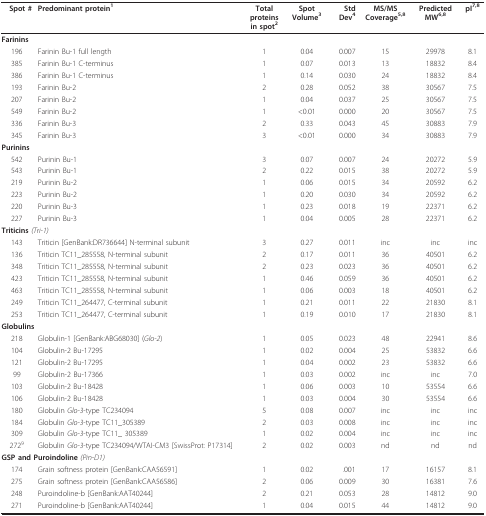
<table><thead><tr><td><b>Spot #</b></td><td><b>Predominant protein<sup>1</sup></b></td><td><b>Totalproteinsin spot<sup>2</sup></b></td><td><b>SpotVolume<sup>3</sup></b></td><td><b>StdDev<sup>4</sup></b></td><td><b>MS/MSCoverage<sup>5,8</sup></b></td><td><b>PredictedMW<sup>6,8</sup></b></td><td><b>pI<sup>7,8</sup></b></td></tr></thead><tbody><tr><td colspan="2"><b>Farinins</b></td><td></td><td></td><td></td><td></td><td></td><td></td></tr><tr><td>196</td><td>Farinin Bu-1 full length</td><td>1</td><td>0.04</td><td>0.007</td><td>15</td><td>29978</td><td>8.1</td></tr><tr><td>385</td><td>Farinin Bu-1 C-terminus</td><td>1</td><td>0.07</td><td>0.013</td><td>13</td><td>18832</td><td>8.4</td></tr><tr><td>386</td><td>Farinin Bu-1 C-terminus</td><td>1</td><td>0.14</td><td>0.030</td><td>24</td><td>18832</td><td>8.4</td></tr><tr><td>193</td><td>Farinin Bu-2</td><td>2</td><td>0.28</td><td>0.052</td><td>38</td><td>30567</td><td>7.5</td></tr><tr><td>207</td><td>Farinin Bu-2</td><td>1</td><td>0.04</td><td>0.037</td><td>25</td><td>30567</td><td>7.5</td></tr><tr><td>549</td><td>Farinin Bu-2</td><td>1</td><td>&lt;0.01</td><td>0.000</td><td>20</td><td>30567</td><td>7.5</td></tr><tr><td>336</td><td>Farinin Bu-3</td><td>2</td><td>0.33</td><td>0.043</td><td>45</td><td>30883</td><td>7.9</td></tr><tr><td>345</td><td>Farinin Bu-3</td><td>3</td><td>&lt;0.01</td><td>0.000</td><td>34</td><td>30883</td><td>7.9</td></tr><tr><td colspan="2"><b>Purinins</b></td><td></td><td></td><td></td><td></td><td></td><td></td></tr><tr><td>542</td><td>Purinin Bu-1</td><td>3</td><td>0.07</td><td>0.007</td><td>24</td><td>20272</td><td>5.9</td></tr><tr><td>543</td><td>Purinin Bu-1</td><td>2</td><td>0.22</td><td>0.015</td><td>38</td><td>20272</td><td>5.9</td></tr><tr><td>219</td><td>Purinin Bu-2</td><td>1</td><td>0.06</td><td>0.015</td><td>34</td><td>20592</td><td>6.2</td></tr><tr><td>223</td><td>Purinin Bu-2</td><td>1</td><td>0.20</td><td>0.030</td><td>34</td><td>20592</td><td>6.2</td></tr><tr><td>220</td><td>Purinin Bu-3</td><td>1</td><td>0.23</td><td>0.018</td><td>19</td><td>22371</td><td>6.2</td></tr><tr><td>227</td><td>Purinin Bu-3</td><td>1</td><td>0.04</td><td>0.005</td><td>28</td><td>22371</td><td>6.2</td></tr><tr><td colspan="2"><b>Triticins </b><i>(Tri-1)</i></td><td></td><td></td><td></td><td></td><td></td><td></td></tr><tr><td>143</td><td>Triticin [GenBank:DR736644] N-terminal subunit</td><td>3</td><td>0.27</td><td>0.011</td><td>inc</td><td>inc</td><td>inc</td></tr><tr><td>136</td><td>Triticin TC11_285558, N-terminal subunit</td><td>2</td><td>0.17</td><td>0.011</td><td>36</td><td>40501</td><td>6.2</td></tr><tr><td>348</td><td>Triticin TC11_285558, N-terminal subunit</td><td>2</td><td>0.23</td><td>0.023</td><td>36</td><td>40501</td><td>6.2</td></tr><tr><td>423</td><td>Triticin TC11_285558, N-terminal subunit</td><td>1</td><td>0.46</td><td>0.059</td><td>36</td><td>40501</td><td>6.2</td></tr><tr><td>463</td><td>Triticin TC11_285558, N-terminal subunit</td><td>1</td><td>0.06</td><td>0.003</td><td>18</td><td>40501</td><td>6.2</td></tr><tr><td>249</td><td>Triticin TC11_264477, C-terminal subunit</td><td>1</td><td>0.21</td><td>0.011</td><td>22</td><td>21830</td><td>8.1</td></tr><tr><td>253</td><td>Triticin TC11_264477, C-terminal subunit</td><td>1</td><td>0.19</td><td>0.010</td><td>17</td><td>21830</td><td>8.1</td></tr><tr><td colspan="2"><b>Globulins</b></td><td></td><td></td><td></td><td></td><td></td><td></td></tr><tr><td>218</td><td>Globulin-1 [GenBank:ABG68030] (<i>Glo-2</i>)</td><td>1</td><td>0.05</td><td>0.023</td><td>48</td><td>22941</td><td>8.6</td></tr><tr><td>104</td><td>Globulin-2 Bu-17295</td><td>1</td><td>0.02</td><td>0.004</td><td>25</td><td>53832</td><td>6.6</td></tr><tr><td>121</td><td>Globulin-2 Bu-17295</td><td>1</td><td>0.04</td><td>0.002</td><td>23</td><td>53832</td><td>6.6</td></tr><tr><td>99</td><td>Globulin-2 Bu-17366</td><td>1</td><td>0.03</td><td>0.002</td><td>inc</td><td>inc</td><td>7.0</td></tr><tr><td>103</td><td>Globulin-2 Bu-18428</td><td>1</td><td>0.06</td><td>0.003</td><td>10</td><td>53554</td><td>6.6</td></tr><tr><td>106</td><td>Globulin-2 Bu-18428</td><td>1</td><td>0.03</td><td>0.004</td><td>30</td><td>53554</td><td>6.6</td></tr><tr><td>180</td><td>Globulin <i>Glo-3</i>-type TC234094</td><td>5</td><td>0.08</td><td>0.007</td><td>inc</td><td>inc</td><td>inc</td></tr><tr><td>184</td><td>Globulin <i>Glo-3</i>-type TC11_305389</td><td>2</td><td>0.03</td><td>0.008</td><td>inc</td><td>inc</td><td>inc</td></tr><tr><td>309</td><td>Globulin <i>Glo-3</i>-type TC11_ 305389</td><td>1</td><td>0.02</td><td>0.004</td><td>inc</td><td>inc</td><td>inc</td></tr><tr><td>272<sup>9</sup></td><td>Globulin <i>Glo-3</i>-type TC234094/WTAI-CM3 [SwissProt: P17314]</td><td>2</td><td>0.02</td><td>0.003</td><td>nd</td><td>nd</td><td>nd</td></tr><tr><td colspan="2"><b>GSP and Puroindoline </b><i>(Pin-D1)</i></td><td></td><td></td><td></td><td></td><td></td><td></td></tr><tr><td>174</td><td>Grain softness protein [GenBank:CAA56591]</td><td>1</td><td>0.02</td><td>.001</td><td>17</td><td>16157</td><td>8.1</td></tr><tr><td>275</td><td>Grain softness protein [GenBank:CAA56586]</td><td>2</td><td>0.06</td><td>0.009</td><td>30</td><td>16381</td><td>7.6</td></tr><tr><td>248</td><td>Puroindoline-b [GenBank:AAT40244]</td><td>2</td><td>0.21</td><td>0.053</td><td>28</td><td>14812</td><td>9.0</td></tr><tr><td>271</td><td>Puroindoline-b [GenBank:AAT40244]</td><td>1</td><td>0.04</td><td>0.015</td><td>44</td><td>14812</td><td>9.0</td></tr></tbody></table>